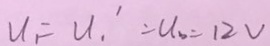
u _ { 1 } = u _ { 1 } ^ { \prime } = u _ { b } = 1 2 v